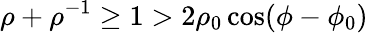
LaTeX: \rho+\rho^{-1}\ge 1>2\rho_{0}\cos(\phi-\phi_{0})